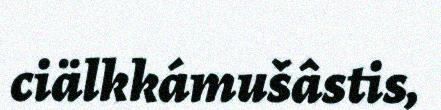
ciälkkámušâstis,